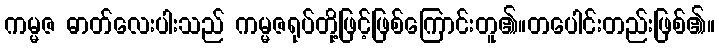
ကမ္မဇ ဓာတ်လေးပါးသည် ကမ္မဇရုပ်တို့ဖြင့်ဖြစ်ကြောင်းတူ၏။တပေါင်းတည်းဖြစ်၏။